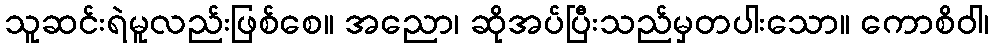
သူဆင်းရဲမူလည်းဖြစ်စေ။ အညော၊ ဆိုအပ်ပြီးသည်မှတပါးသော။ ကောစိဝါ၊